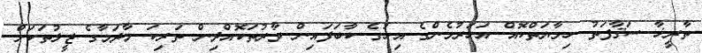
ތާރީޚާ ސަޤާފަތު ހިމާޔަތްކޮއް އަހަރުމެންގެ އިހުގެ ކާބަފައިން ވާރުތަކޮއްދިން ތަރިކަ މާދަމާގެ ޖީލުތަކަށް